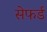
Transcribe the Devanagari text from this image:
सेफर्ड